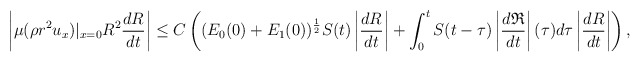
\begin{align*}\left|\mu(\rho r^2u_x)|_{x=0}R^2\frac{dR}{dt}\right|\leq C \left((E_0(0)+E_1(0))^\frac{1}{2}S(t)\left|\frac{dR}{dt}\right|+\int_0^tS(t-\tau)\left|\frac{d\mathfrak{R}}{dt}\right|(\tau)d\tau\left|\frac{dR}{dt}\right|\right),\end{align*}